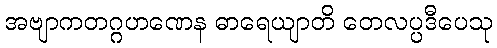
အဗျာကတဂ္ဂဟဏေန ဓာရေယျာတိ တေလပ္ပဒီပေသု